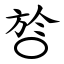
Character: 㫈